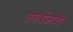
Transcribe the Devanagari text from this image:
समर्थकांची